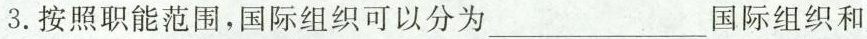
3.按照职能范围，国际组织可以分为___国际组织和